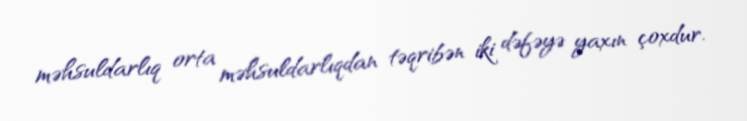
məhsuldarlıq orta məhsuldarlıqdan təqribən iki dəfəyə yaxın çoxdur.